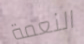
النعمة